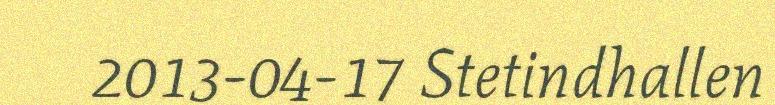
2013-04-17 Stetindhallen